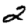
Digit: 2